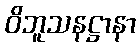
ဝိဘူသနဋ္ဌာနာ